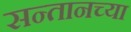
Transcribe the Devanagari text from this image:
सन्तानच्या